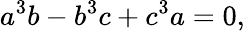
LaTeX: a^{3}b-b^{3}c+c^{3}a=0,